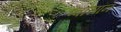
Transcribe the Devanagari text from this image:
प्वासॉन